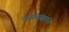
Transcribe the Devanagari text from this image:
कथासंग्रहांना